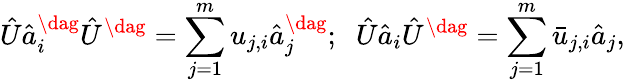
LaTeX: \hat{U}\hat{a}_{i}^{\dag}\hat{U}^{\dag}=\sum_{j=1}^{m}u_{j,i}\hat{a}_{j}^{\dag};\; \; \hat{U}\hat{a}_{i}\hat{U}^{\dag}=\sum_{j=1}^{m}\bar{u}_{j,i}\hat{a}_{j},